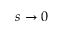
s \to 0